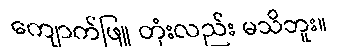
ကျောက်ဖြူ တုံးလည်း မသိဘူး။